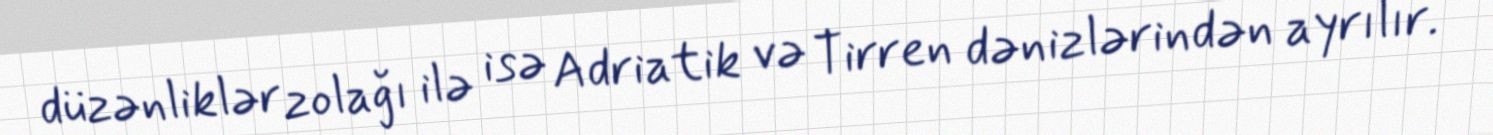
düzənliklər zolağı ilə isə Adriatik və Tirren dənizlərindən ayrılır.